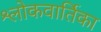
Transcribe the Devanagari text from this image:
श्लोकवार्तिका